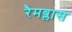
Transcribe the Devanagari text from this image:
रैमब्लास